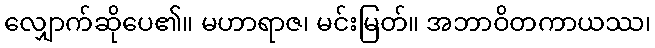
လျှောက်ဆိုပေ၏။ မဟာရာဇ၊ မင်းမြတ်။ အဘာဝိတကာယဿ၊